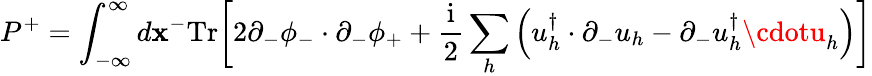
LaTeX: P^{+}=\int_{-\infty}^{\infty}d\mathbf{x}^{-}\mathrm{{Tr}}\biggl[2\partial_{-}\phi_{-}\cdot\partial_{-}\phi_{+}+{\frac{{\mathrm{{i}}}}{{2}}}\sum_{h}\left(u_{h}^{\dagger}\cdot\partial_{-}u_{h}-\partial_{-}u_{h}^{\dagger}\cdotu_{h}\right)\biggr]